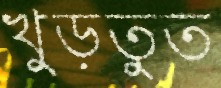
খুড়তুত